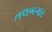
તલબગાર